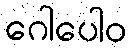
ဂေါပေါဝ